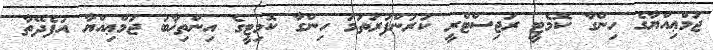
ޖަމްޢިއްޔާގެ ހިންގާ ކޮމެޓީ ރަޖިސްޓްރީ ކުރުންފުރަތަމަ ހިންގާ ކޮމިޓީގެ އިންތިޚާބު ޖަމްޢިއްޔާ އުފެދޭތާ